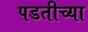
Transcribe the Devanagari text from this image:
पडतीच्या